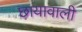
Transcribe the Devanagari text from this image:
छायावाली